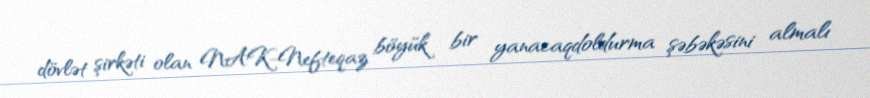
dövlət şirkəti olan NAK-Nefteqaz böyük bir yanacaqdoldurma şəbəkəsini almalı